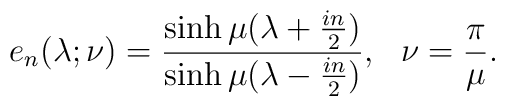
e_{n}(\lambda; \nu)=\frac{\sinh \mu(\lambda+{in\over 2})}{\sinh\mu(\lambda-{in \over 2})}, ~~\nu={\pi \over \mu}. \nonumber